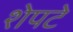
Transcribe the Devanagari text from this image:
शेपटे